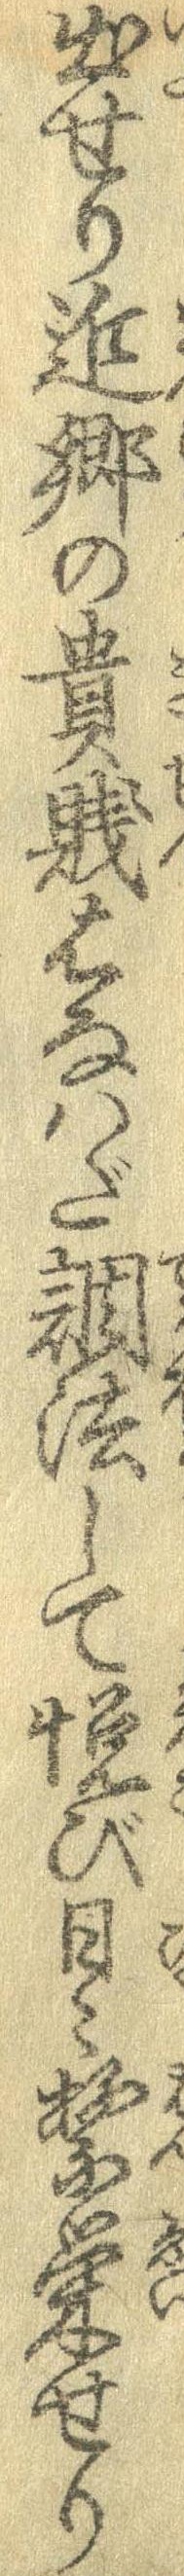
出せり近郷の貴賎はなはだ調法して悦び日々繁栄せり